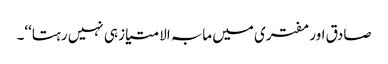
صادق اور مفتری میں مابہ الامتیاز ہی نہیں رہتا‘‘۔